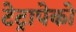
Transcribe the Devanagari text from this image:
टेट्रापेको